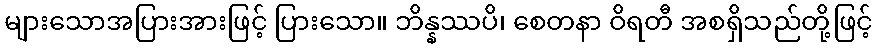
များသောအပြားအားဖြင့် ပြားသော။ ဘိန္နဿပိ၊ စေတနာ ဝိရတီ အစရှိသည်တို့ဖြင့်